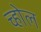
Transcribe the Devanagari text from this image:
च्होल